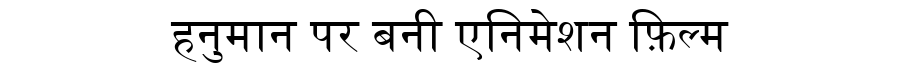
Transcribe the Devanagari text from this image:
हनुमान पर बनी एनिमेशन फ़िल्म